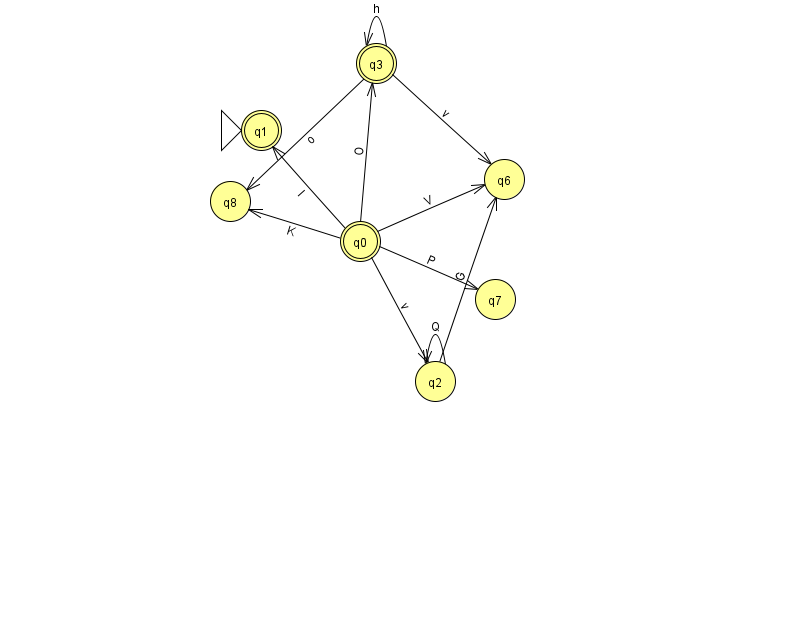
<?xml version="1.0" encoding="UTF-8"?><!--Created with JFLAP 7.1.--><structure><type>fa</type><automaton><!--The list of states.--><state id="0" name="q0"><x>360.0</x><y>228.0</y><final/></state><state id="1" name="q1"><x>261.0</x><y>117.0</y><initial/><final/></state><state id="2" name="q2"><x>435.0</x><y>368.0</y></state><state id="3" name="q3"><x>376.0</x><y>50.0</y><final/></state><state id="6" name="q6"><x>504.0</x><y>166.0</y></state><state id="7" name="q7"><x>495.0</x><y>286.0</y></state><state id="8" name="q8"><x>230.0</x><y>188.0</y></state><!--The list of transitions.--><transition><from>2</from><to>2</to><read>Q</read></transition><transition><from>0</from><to>2</to><read>v</read></transition><transition><from>3</from><to>8</to><read>o</read></transition><transition><from>3</from><to>6</to><read>v</read></transition><transition><from>0</from><to>3</to><read>O</read></transition><transition><from>2</from><to>6</to><read>G</read></transition><transition><from>3</from><to>3</to><read>h</read></transition><transition><from>0</from><to>8</to><read>K</read></transition><transition><from>0</from><to>6</to><read>V</read></transition><transition><from>0</from><to>1</to><read>I</read></transition><transition><from>0</from><to>7</to><read>P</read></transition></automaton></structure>